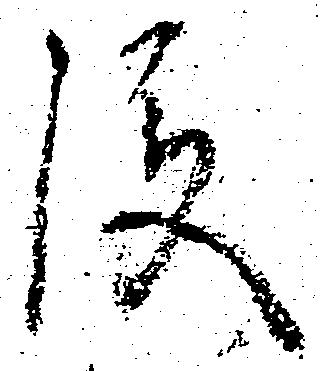
後